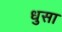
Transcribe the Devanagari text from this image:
धुसा